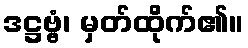
ဒဋ္ဌဗ္ဗံ၊ မှတ်ထိုက်၏။